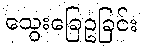
သွေးခြေဥခြင်း